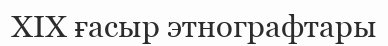
XIX ғасыр этнографтары